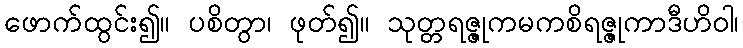
ဖောက်ထွင်း၍။ ပစိတွာ၊ ဖုတ်၍။ သုတ္တရဇ္ဇုကမကစိရဇ္ဇုကာဒီဟိဝါ၊